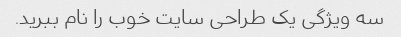
سه ویژگی یک طراحی سایت خوب را نام ببرید.